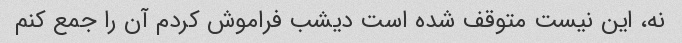
نه، این نیست متوقف شده است دیشب فراموش کردم آن را جمع کنم